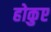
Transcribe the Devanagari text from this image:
होकुए